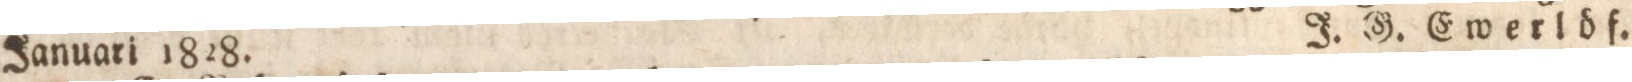
Januari 1828.    J. G. Ewerlöf.